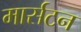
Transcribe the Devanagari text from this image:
मार्सटन